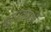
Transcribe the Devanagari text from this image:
झुपक्याने